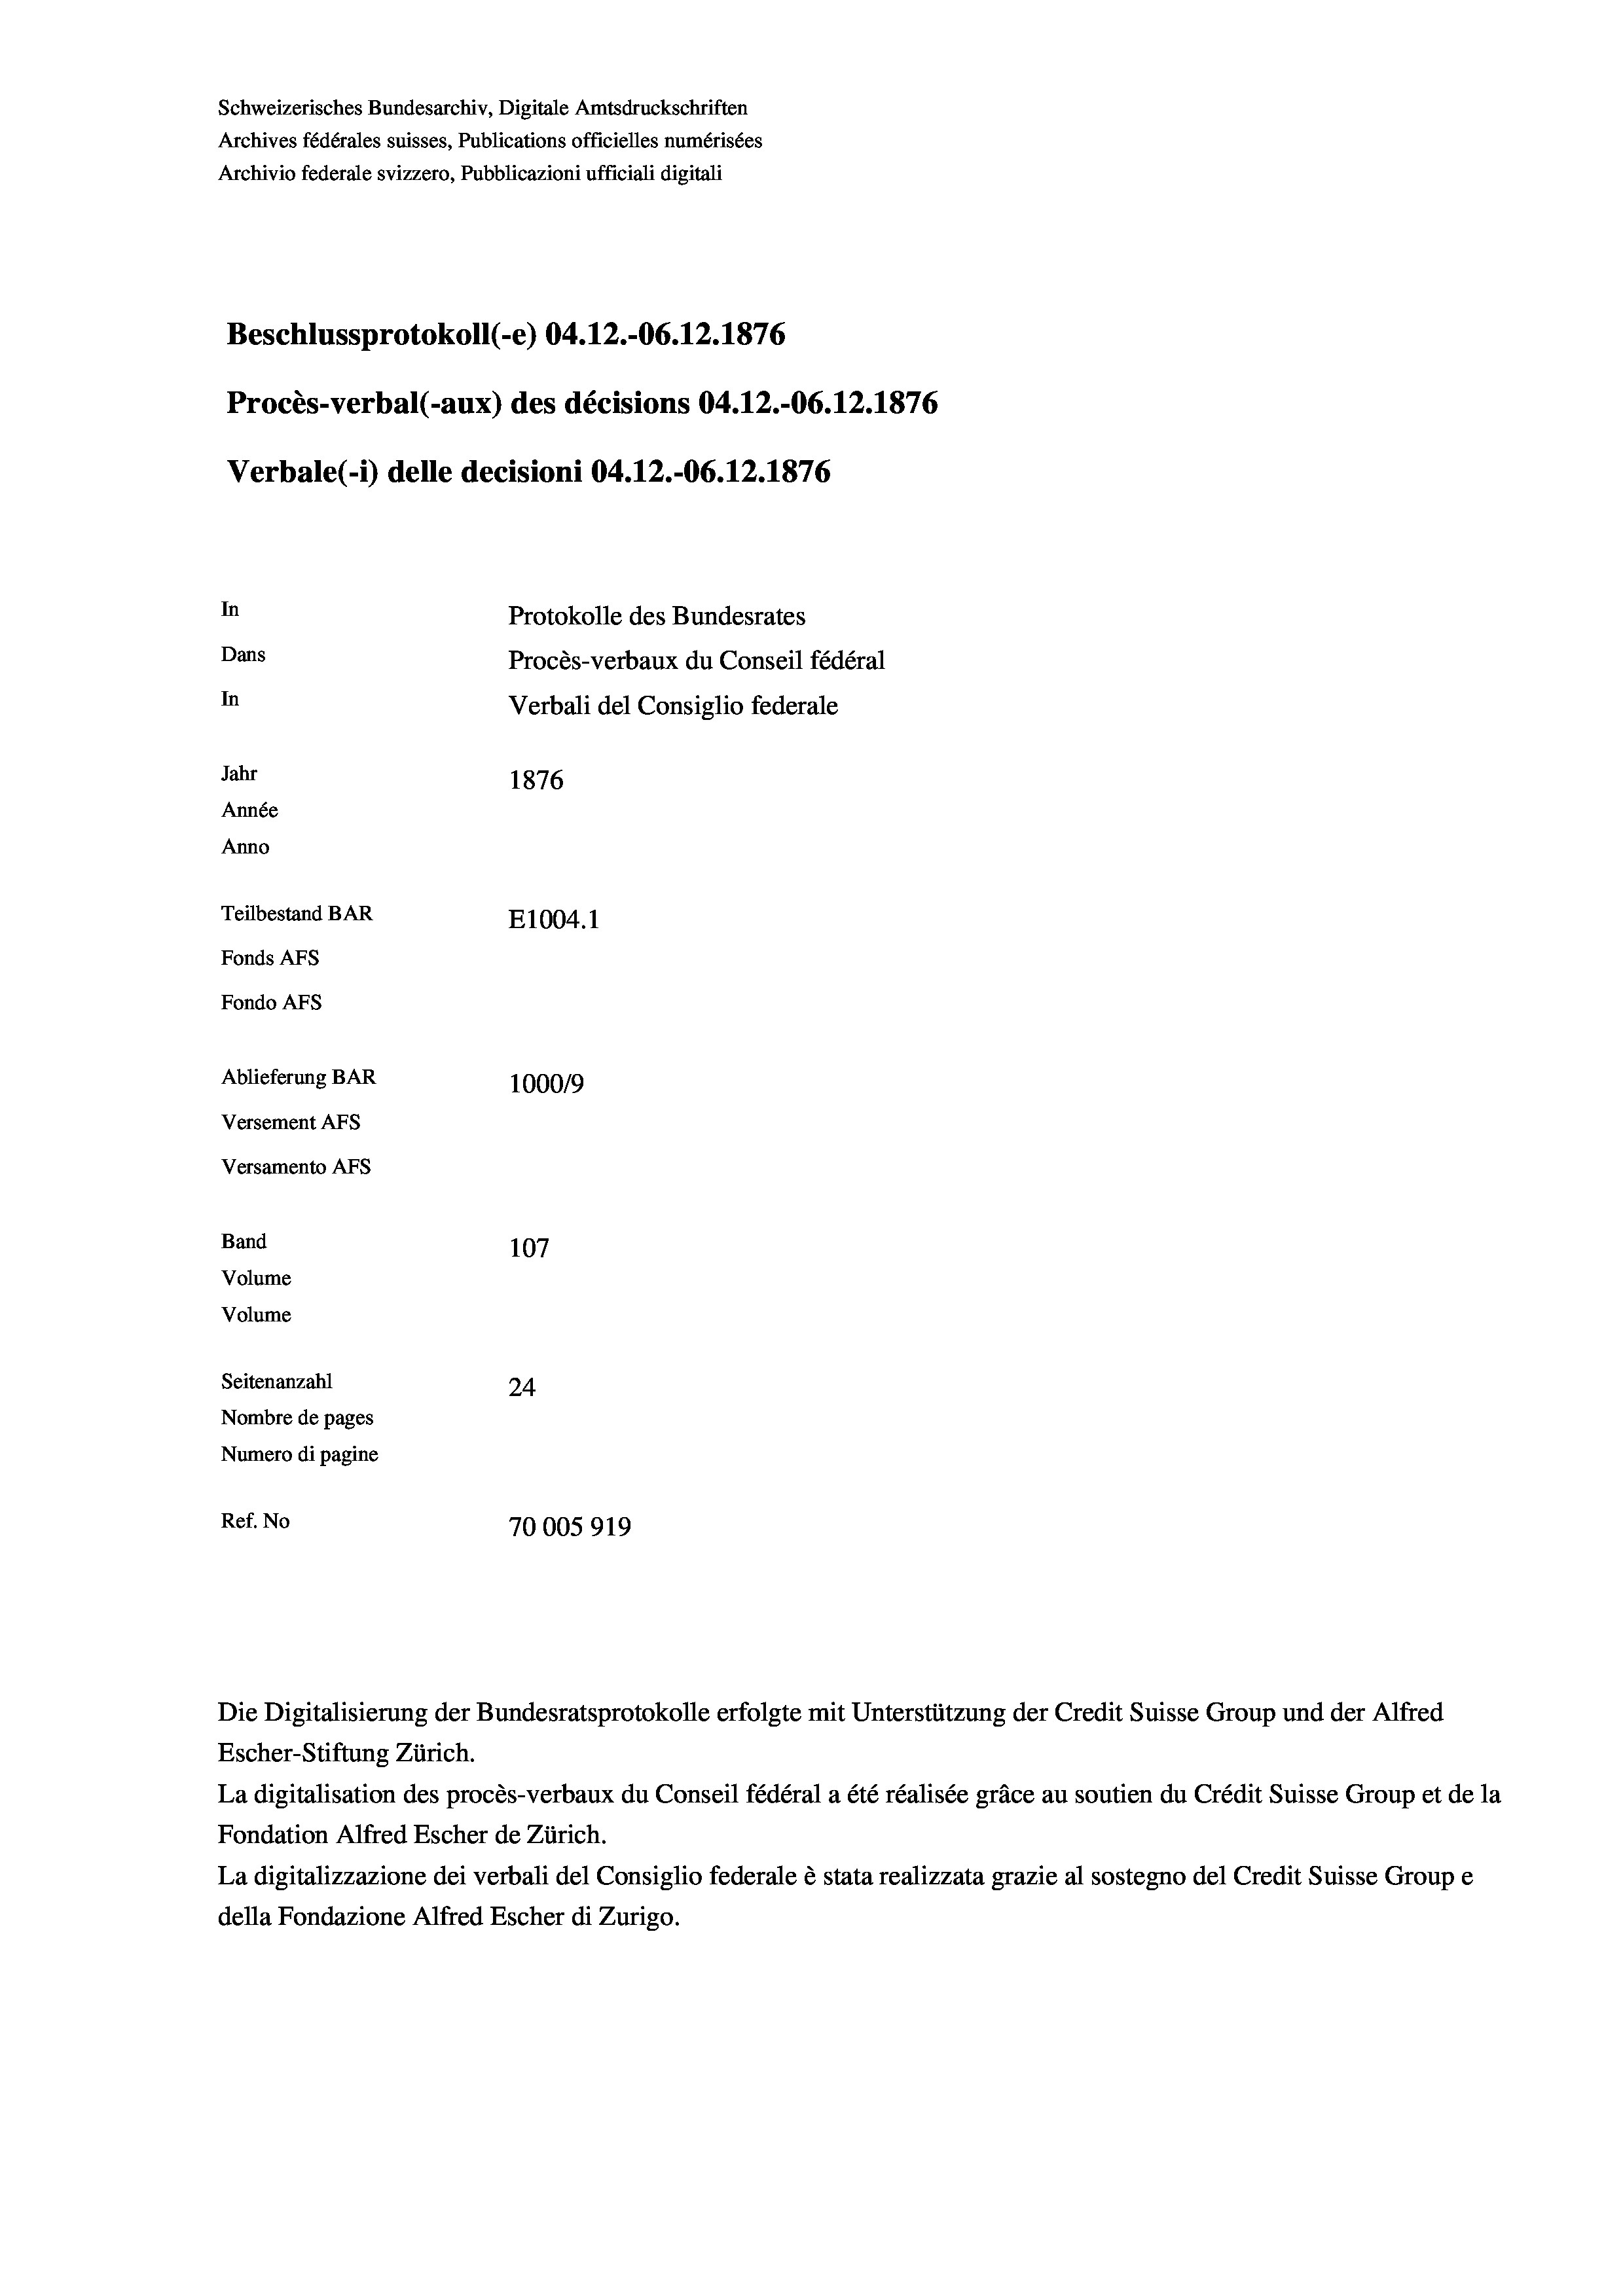
Schweizerisches Bundesarchiv, Digitale Amtsdruckschriften
Archives fédérales suisses, Publications officielles numérisées
Archivio federale svizzero, Pubblicazioni ufficiali digitali
Beschlussprotokoll (-e) 04.12.-06.12.1876
Procès-verbal (-aux) des décisions 04.12.-06. 12. 1876
Verbale (- 1) delle decisioni 04.12.-06.12.1876
In
Protokolle des Bundesrates
Dans
Procès-verbaux du Conseil fédéral
In
Verbali del Consiglio federale
Jahr
1876
Année
Anno
Teilbestand BAR
E1004. 1
Fonds AFs
Fondo Afs
Ablieferung BAR
100019
Versement AFs
Versamento Afs
Band
107
Volume
Volume
Seitenanzahl
24
Nombre de pages
Numero di pagine
Ref. No
70005919

Escher-Stiftung Zürich.
La digitalisation des procès-verbaux du Conseil fédéral a été réalisée gräce au soutien du Crédit Suisse Group et de la
Fondation Alfred Escher de Zürich.
La digitalizzazione dei verbali del Consiglio federale è stata realizzata grazie al sostegno del Credit Suisse Groupe
della Fondazione Alfred Escher di Zurigo.

Die Digitalisierung der Bundesratsprotokolle erfolgte mit Unterstützung der Credit Suisse Group und der Alfred